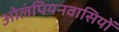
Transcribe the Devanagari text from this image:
ओलंपियनवासियों